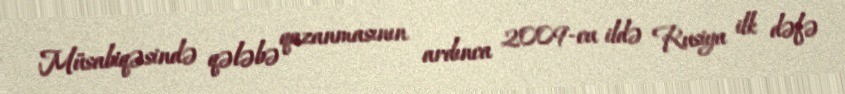
Müsabiqəsində qələbə qazanmasının ardınca 2009-cu ildə Rusiya ilk dəfə